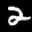
Label: 2